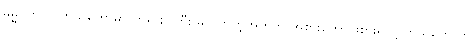
ဓမ္မဂုတ်။ ။ ကိုယ်တော်မှာ ဘုရားပွဲကြီး မလိုက်တဲ့အတွက် အစားကောင်းစားရလို့ ကိုယ်တော်က